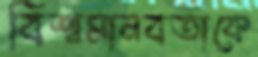
বিশ্বমানবতাকে